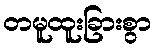
တမူထူးခြားစွာ